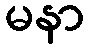
မနာ